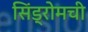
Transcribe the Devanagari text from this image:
सिंड्रोमची